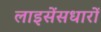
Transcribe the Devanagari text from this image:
लाइसेंसधारों